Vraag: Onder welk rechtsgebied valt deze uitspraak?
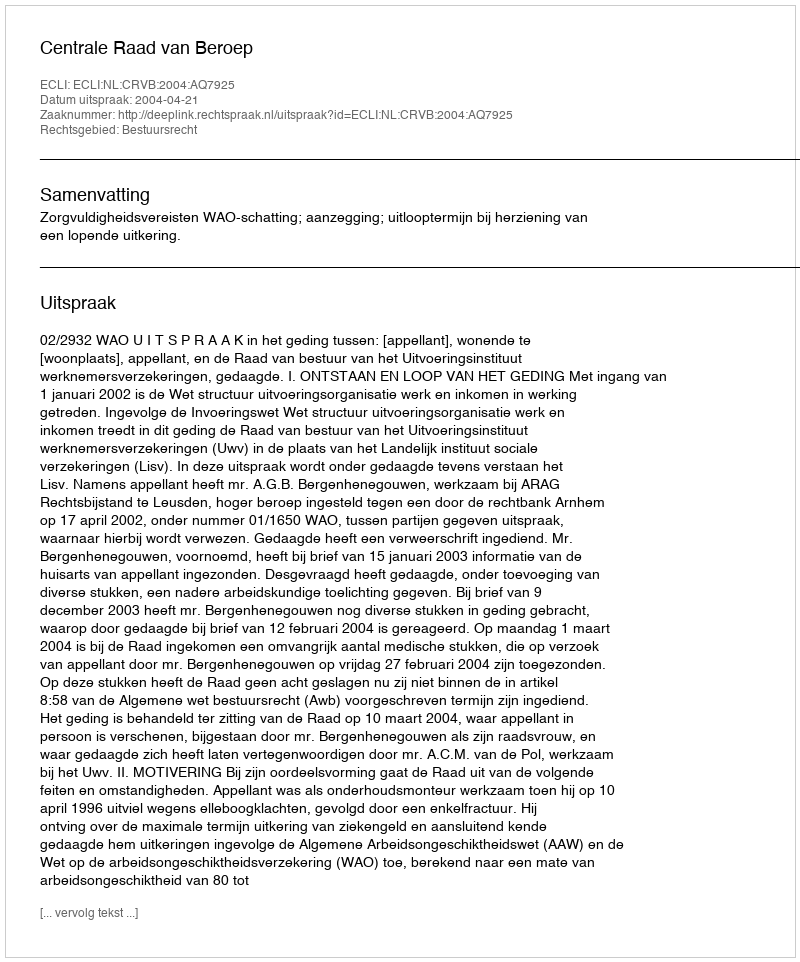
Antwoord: Bestuursrecht